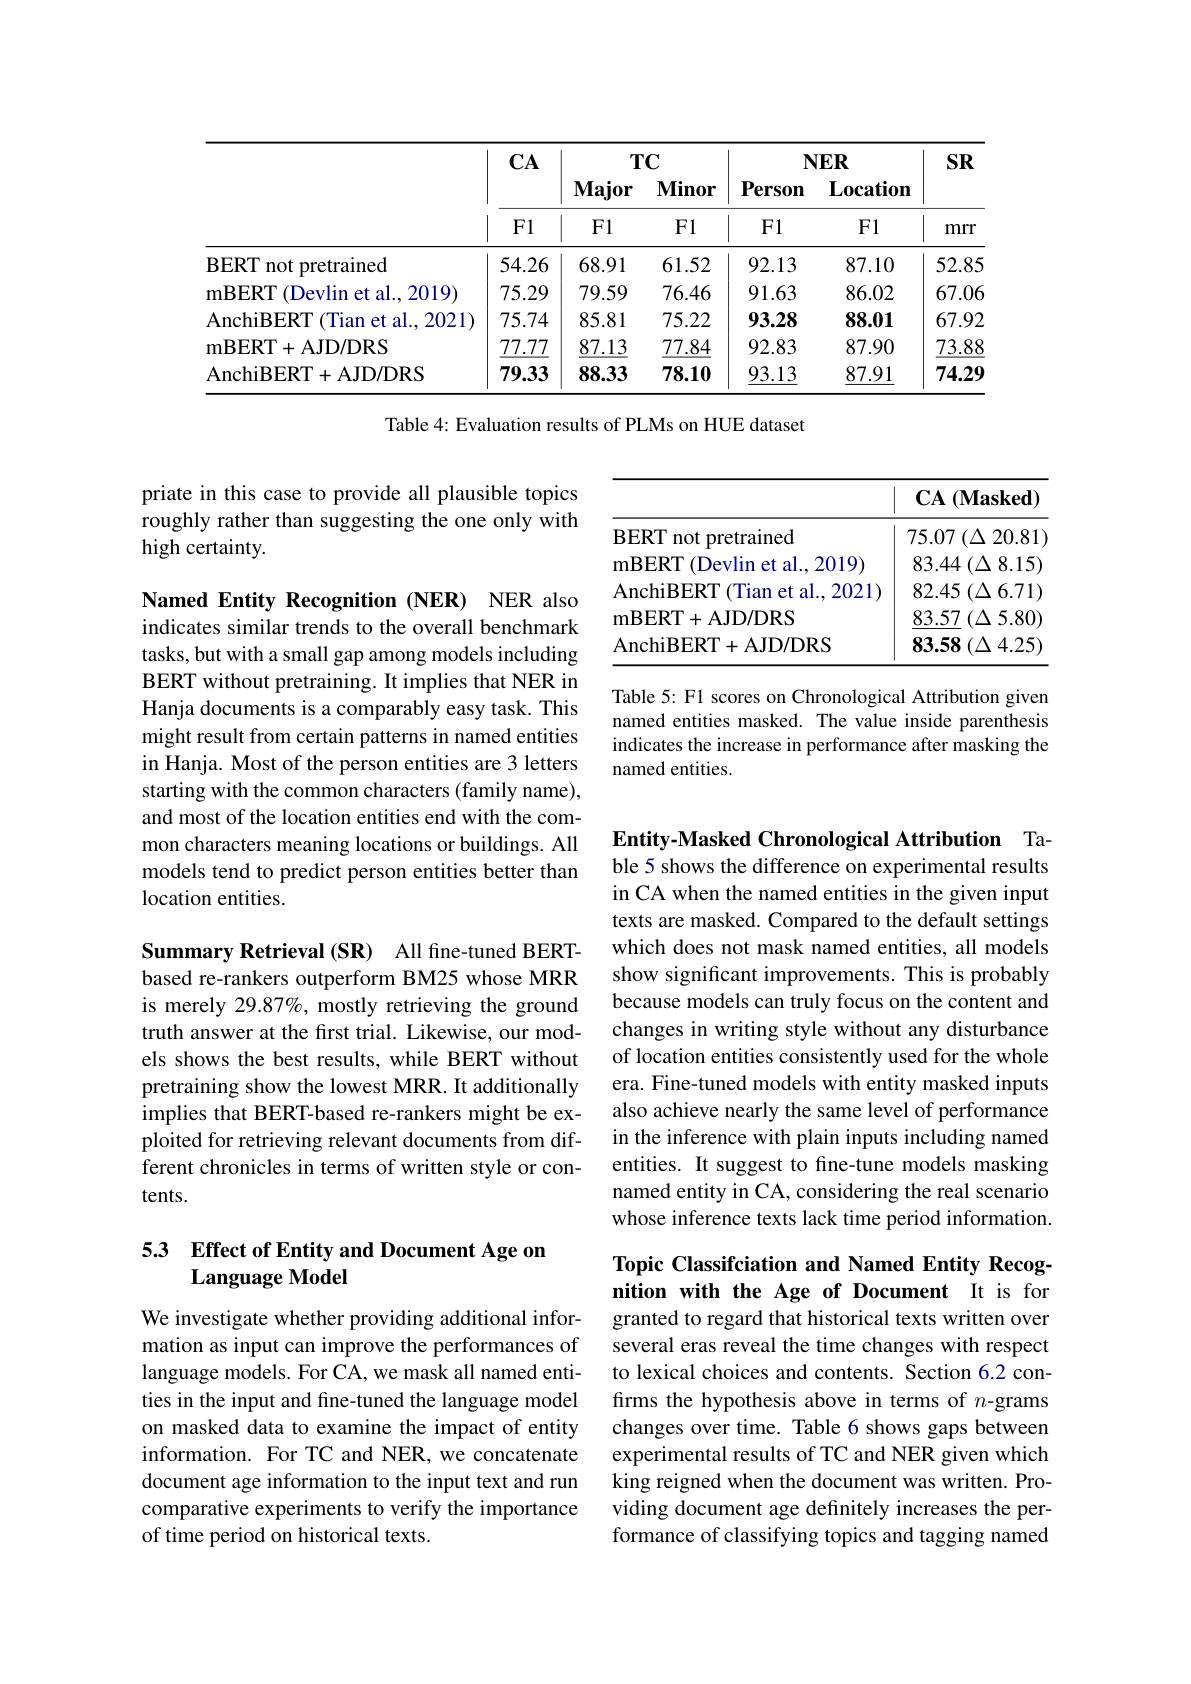
<table>
	<tbody>
		<tr>
			<th> </th>
			<th rowspan="3">$\mathbf{CA}$ $F1$</th>
			<th colspan="2">$TC$</th>
			<th colspan="2">$NER$</th>
			<th rowspan="3">$SR$ mrr</th>
		</tr>
		<tr>
			<th> </th>
			<th rowspan="2">Major F1</th>
			<th rowspan="2">Minor F1</th>
			<th rowspan="2">Person F1</th>
			<th rowspan="2">$\mathbf{L}_{0}$cation F1</th>
		</tr>
		<tr>
			<th> </th>
		</tr>
		<tr>
			<td>BERT not pretrained</td>
			<td>54.26</td>
			<td>68.91</td>
			<td>61.52</td>
			<td>92.13</td>
			<td>87.10</td>
			<td>52.85</td>
		</tr>
		<tr>
			<td>mBERT (Devlin et al..2019)</td>
			<td>75.29</td>
			<td>79.59</td>
			<td>76.46</td>
			<td>91.63</td>
			<td>86.02</td>
			<td>67.06</td>
		</tr>
		<tr>
			<td>AnchiBERT (Tian et al., 2021)</td>
			<td>75.74</td>
			<td>85.81</td>
			<td>75.22</td>
			<td>93.28</td>
			<td>88.01</td>
			<td>67.92</td>
		</tr>
		<tr>
			<td>mBERT+ AJD/ DRS</td>
			<td>77.77</td>
			<td>87.13</td>
			<td>77.84</td>
			<td>92.83</td>
			<td>87.90</td>
			<td>73.88</td>
		</tr>
		<tr>
			<td>AnchiBERT+AJD/DRS</td>
			<td>79.33</td>
			<td>88.33</td>
			<td>78.10</td>
			<td>93.13</td>
			<td>87.91</td>
			<td>74.29</td>
		</tr>
	</tbody>
</table>

Table 4: Evaluation results of PLMs on HUE dataset

priate in this case to provide all plausible topics roughly rather than suggesting the one only with high certainty.

<table>
	<tbody>
		<tr>
			<th> </th>
			<th>$\mathbf{CA}$ $(\mathbf{Masked})$ </th>
		</tr>
		<tr>
			<td>BERT not pretrained</td>
			<td>$75.07\left(\Delta\right.$ 20.81 $\frac{1}{2}=\frac{1}{2}$</td>
		</tr>
		<tr>
			<td>mBERT (Devlin et al., 2019)</td>
			<td>$83.44\left(\Delta\:8.15\right)$ </td>
		</tr>
		<tr>
			<td>AnchiBERT 7 (Tian et al..2021</td>
			<td>82.45 $( \Delta$ 6.71) 1</td>
		</tr>
		<tr>
			<td>mBERT+ AJD/ DRS</td>
			<td>83.57 $( \Delta$ 5.80)</td>
		</tr>
		<tr>
			<td>AnchiBERT+AJD/DRS</td>
			<td>$83.58\left(\Delta\:4.25\right)$</td>
		</tr>
	</tbody>
</table>

Table 5: F1 scores on Chronological Attribution given named entities masked. The value inside parenthesis indicates the increase in performance after masking the named entities.

Named Entity Recognition (NER) NER also indicates similar trends to the overall benchmark tasks, but with a small gap among models including BERT without pretraining. It implies that NER in Hanja documents is a comparably easy task. This might result from certain patterns in named entities in Hanja. Most of the person entities are 3 letters starting with the common characters (family name), and most of the location entities end with the common characters meaning locations or buildings. All models tend to predict person entities better than location entities.

Entity-Masked Chronological Attribution Ta-

ble 5 shows the difference on experimental results in CA when the named entities in the given input texts are masked. Compared to the default settings which does not mask named entities, all models show significant improvements. This is probably because models can truly focus on the content and changes in writing style without any disturbance of location entities consistently used for the whole era. Fine-tuned models with entity masked inputs also achieve nearly the same level of performance in the inference with plain inputs including named entities. It suggest to fine-tune models masking named entity in CA, considering the real scenario whose inference texts lack time period information.

Summary Retrieval (SR) All fne-tuned BERTbased re-rankers outperform BM25 whose MRR is merely 29.87%, mostly retrieving the ground truth answer at the first trial. Likewise, our models shows the best results, while BERT without pretraining show the lowest MRR. It additionally implies that BERT-based re-rankers might be exploited for retrieving relevant documents from different chronicles in terms of written style or contents.

## 53 Effect of Entity and Document Age on Language Model

## Topic Classifciation and Named Entity Recognition with the Age of Document It is for

We investigate whether providing additional information as input can improve the performances of language models. For CA, we mask all named entities in the input and fine-tuned the language model on masked data to examine the impact of entity information. For TC and NER, we concatenate document age information to the input text and run comparative experiments to verify the importance of time period on historical texts.

granted to regard that historical texts written over several eras reveal the time changes with respect to lexical choices and contents. Section 6.2 confirms the hypothesis above in terms of $n$-grams changes over time. Table 6 shows gaps between experimental results of TC and NER given which king reigned when the document was written. Providing document age definitely increases the performance of classifying topics and tagging named